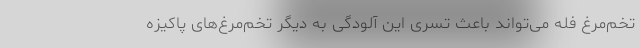
تخم‌مرغ فله ‌می‌تواند باعث تسری این آلودگی به دیگر تخم‌‌مرغ‌های پاکیزه